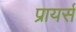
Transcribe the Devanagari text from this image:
प्रायर्स